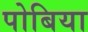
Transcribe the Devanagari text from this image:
पोबिया